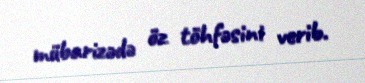
mübarizədə öz töhfəsini verib.